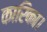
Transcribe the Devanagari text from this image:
कारिका।